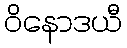
ဝိနောဒယီ